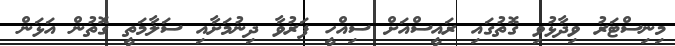
މިނިސްޓަރު ވިދާޅުވި ގޮތުގައި ރައީސްއަށް ސިއްހީ ފަރުވާ ދިނުމަށާއި ސަލާމަތީ ގޮތުން އަޅަން